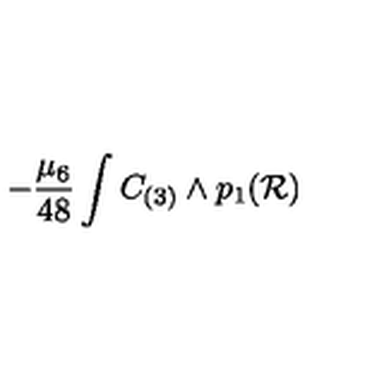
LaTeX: - { \frac { \mu _ { 6 } } { 4 8 } } \int C _ { ( 3 ) } \wedge p _ { 1 } ( { \cal R } )